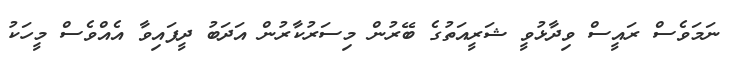
ނަމަވެސް ރައީސް ވިދާޅުވީ ޝަރީއަތުގެ ބޭރުން މިސަރުކާރުން އަދަބު ދީފައިވާ އެއްވެސް މީހަކު